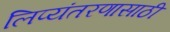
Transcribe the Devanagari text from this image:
लिप्यंतरणासाठी